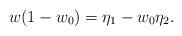
LaTeX: \begin{align*}w(1-{w}_0)=\eta_1-{w}_0\eta_2.\end{align*}